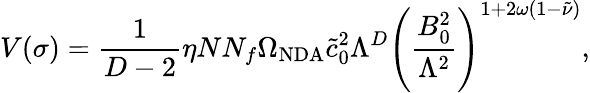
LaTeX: V(\sigma)=\frac{1}{D-2}\eta NN_{f}\Omega_{\mathrm{NDA}}\tilde{c}_{0}^{2}\Lambda^{D}\left(\frac{B_{0}^{2}}{\Lambda^{2}}\right)^{1+2\omega(1-\tilde{\nu})},